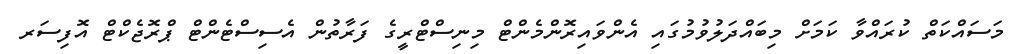
މަސައްކަތް ކުރައްވާ ކަމަށް މިބައްދަލުވުމުގައި އެންވައިރޮންމެންޓް މިނިސްޓްރީގެ ފަރާތުން އެސިސްޓެންޓް ޕްރޮޖެކްޓް އޮފިސަރ